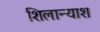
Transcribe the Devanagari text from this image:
शिलान्याश